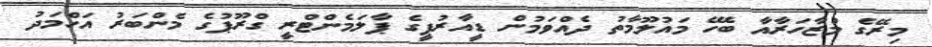
މިރޭގެ މުޒާހަރާއާ ބެހޭ މައުލޫމާތު ދެއްވަމުން ޑީއާރުޕީގެ ޕާލަމެންޓްރީ ގްރޫޕުގެ މެންބަރު އަހްމަދު